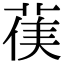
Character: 𮏻